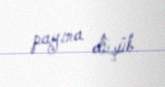
payına düşüb.